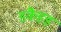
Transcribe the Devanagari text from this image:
डकैहड़